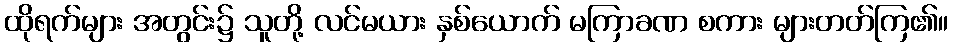
ထိုရက်များ အတွင်း၌ သူတို့ လင်မယား နှစ်ယောက် မကြာခဏ စကား များတတ်ကြ၏။